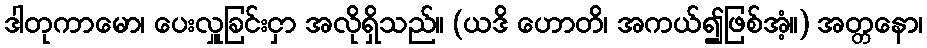
ဒါတုကာမော၊ ပေးလှူခြင်းငှာ အလိုရှိသည်။ (ယဒိ ဟောတိ၊ အကယ်၍ဖြစ်အံ့။) အတ္တနော၊